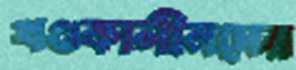
খণ্ডকালীনদের